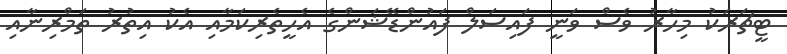
ޓީޗަރަކު މިހާރު ވެސް ވަނީ ފައިސަލް ފައުންޑޭޝަންގެ އެހީތެރިކަމާއި އެކު އިތުރު ތަމްރިނާއި